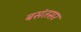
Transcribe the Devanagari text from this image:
बसंतसर